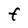
Character: F